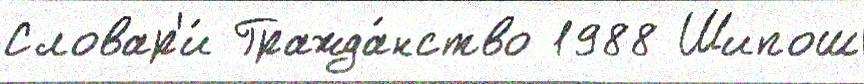
Словар'и́ Гражда́нство 1988 Шипош